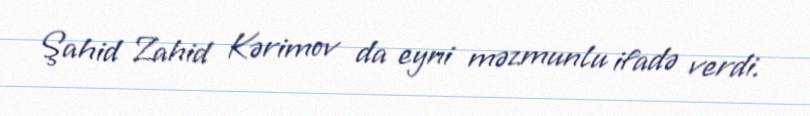
Şahid Zahid Kərimov da eyni məzmunlu ifadə verdi.